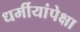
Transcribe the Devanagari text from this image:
धर्मीयांपेक्षा